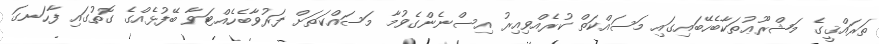
ތަރައްޤީގެ މަޝްރޫޢުތަކާބެހޭބައިގައި މަސައްކަތް ކުރެއްވިިއިރު އިސްނެންގެވުމާ މަސައްކަތަށް ފަރުވާބެހެއްޓަވާ ބޭފުޅެއްގެ ގޮތުގައި ފާހަނގަ